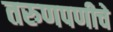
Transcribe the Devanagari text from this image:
तरुणपणीचे